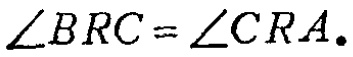
\(\angle BRC = \angle CRA.\)